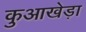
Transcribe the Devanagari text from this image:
कुआखेड़ा